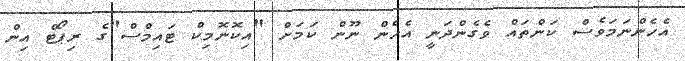
އެހެންނަމަވެސް ކަންތައް ވެގެންދަނީ އެހެން ނޫން ކަަމަށް "އިކޮނޮމިކް ޓައިމްސް"ގެ ރިޕޯޓް އިން